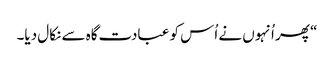
‏“‏ پھر اُنہوں نے اُس کو عبادت‌گاہ سے نکال دیا۔